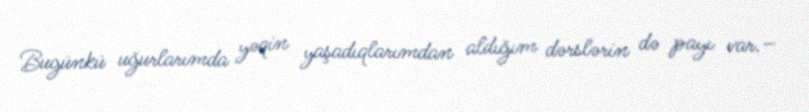
Bugünkü uğurlarımda yəqin yaşadıqlarımdan aldığım dərslərin də payı var.–